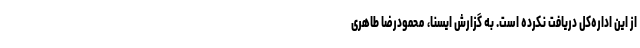
از این اداره‌کل دریافت نکرده‌ است. به گزارش ایسنا، محمودرضا طاهری